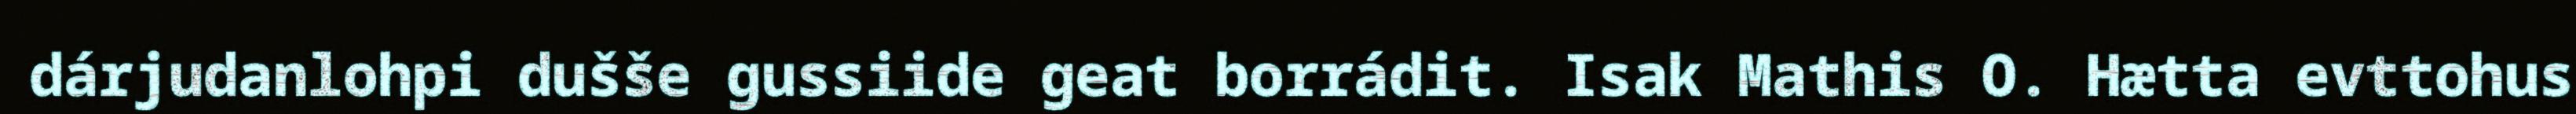
dárjudanlohpi dušše gussiide geat borrádit. Isak Mathis O. Hætta evttohus